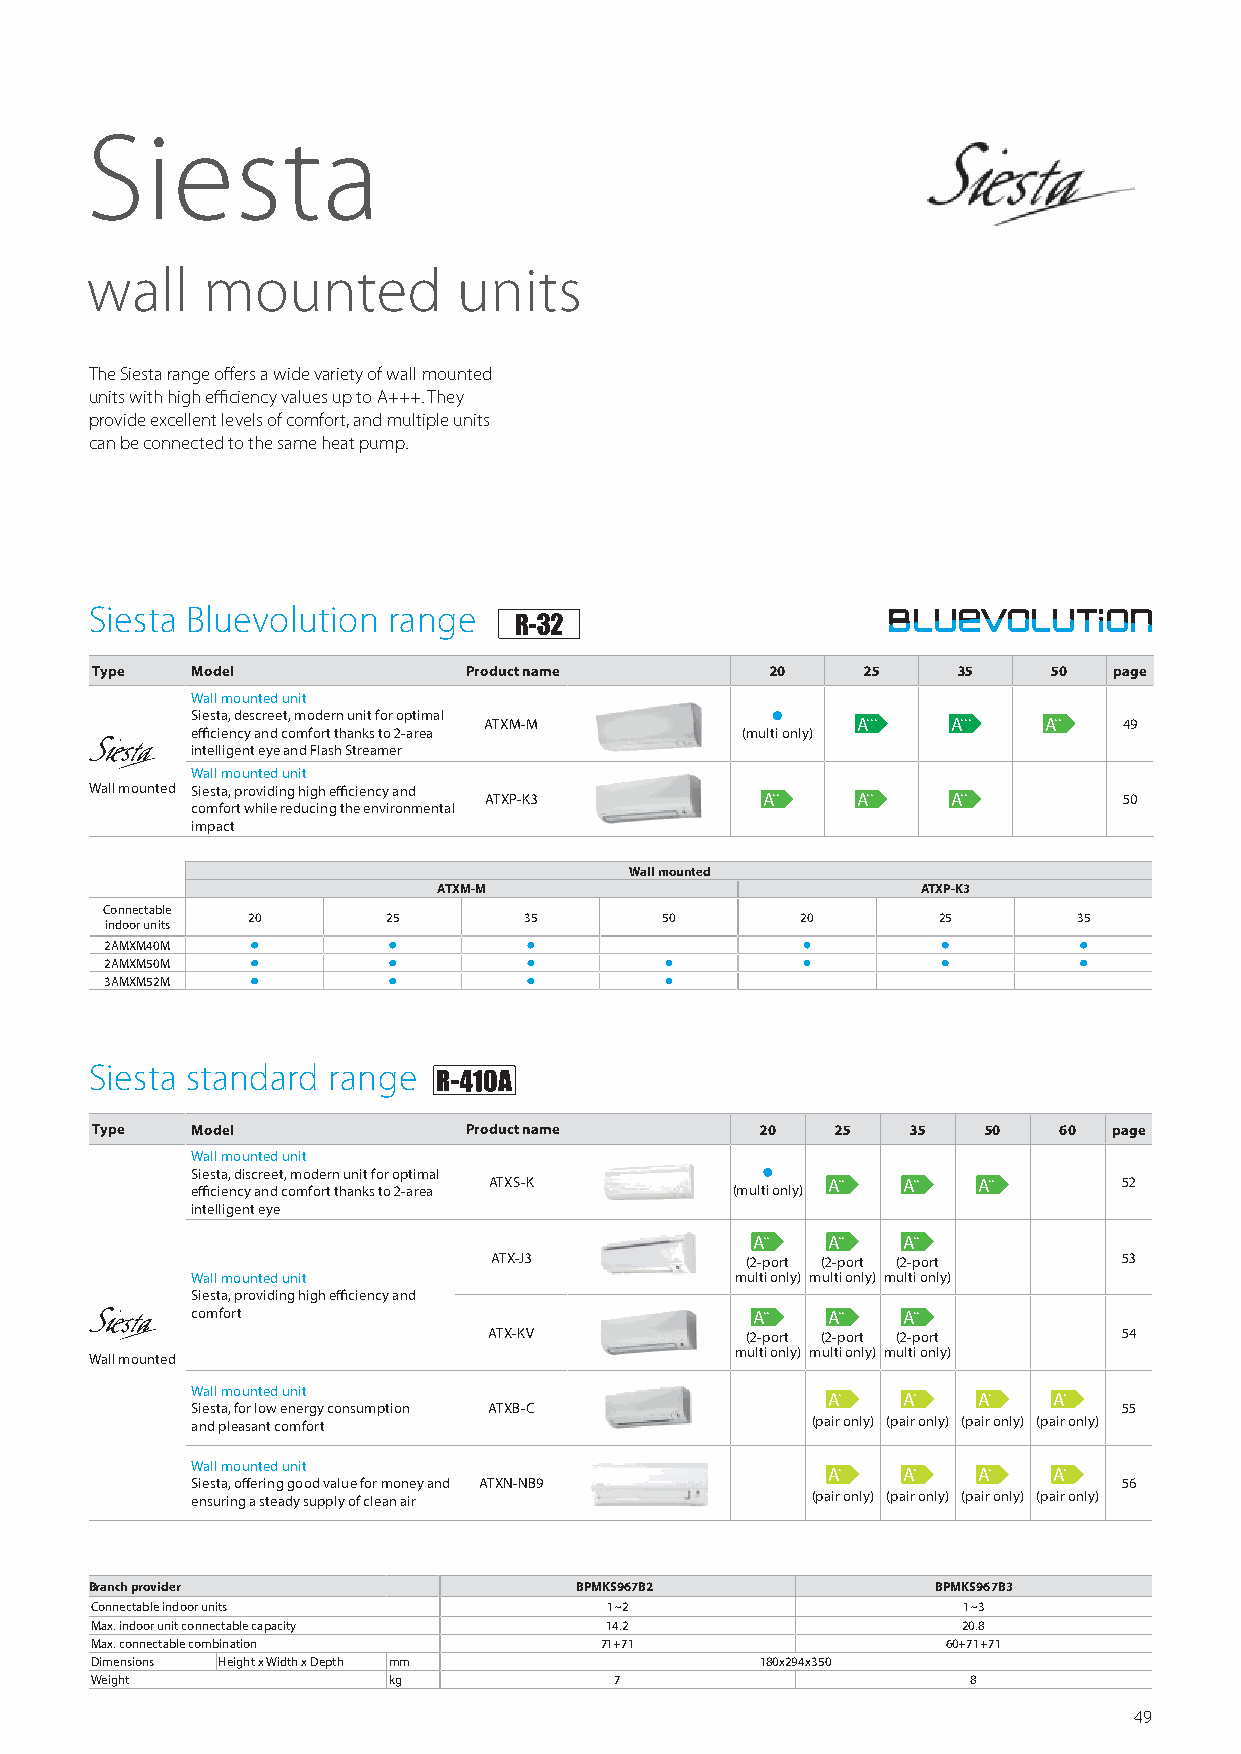
Siesta
 wall   mounted          units
 The Siesta range offers a wide variety of wall mounted
 units with high efficiency values up to A+++ . They
 provide excellent levels of comfort, and multiple units
 can be connected to the same heat pump .
 Siesta Bluevolution range
 Type   Model             Product name        20    25    35     50  page
 Wall mounted unit
 Siesta, descreet, modern unit for optimal
 ATXM-M                   A+++  A+++  A++  49
 efficiency and comfort thanks to 2-area (multi only)
 intelligent eye and Flash Streamer
 Wall mounted unit
 Wall mounted Siesta, providing high efficiency and
 ATXP-K3           A++    A++   A++        50
 comfort while reducing the environmental
 impact
 Wall mounted
 ATXM-M                          ATXP-K3
 Connectable
 20        25       35       50       20       25       35
 indoor units
 2AMXM40M  •        •        •                 •        •         •
 2AMXM50M  •        •        •        •        •        •         •
 3AMXM52M  •        •        •        •
 Siesta standard range
 Type   Model             Product name       20   25   35   50   60  page
 Wall mounted unit
 Siesta, discreet, modern unit for optimal
 ATXS-K                 A++  A++  A++      52
 efficiency and comfort thanks to 2-area (multi only)
 intelligent eye
 A++  A++  A++
 ATX-J3           (2-port (2-port (2-port  53
 Wall mounted unit                   multi only) multi only) multi only)
 Siesta, providing high efficiency and
 comfort                              A++  A++  A++
 ATX-KV           (2-port (2-port (2-port  54
 multi only) multi only) multi only)
 Wall mounted
 Wall mounted unit
 A+   A+   A+   A+
 Siesta, for low energy consumption ATXB-C                    55
 and pleasant comfort                     (pair only) (pair only) (pair only) (pair only)
 Wall mounted unit
 A+   A+   A+   A+
 Siesta, offering good value for money and ATXN-NB9           56
 ensuring a steady supply of clean air    (pair only) (pair only) (pair only) (pair only)
 Branch provider                 BPMKS967B2              BPMKS967B3
 Connectable indoor units          1~2                     1~3
 Max. indoor unit connectable capacity 14.2                20.8
 Max. connectable combination      71+71                  60+71+71
 Dimensions Height x Width x Depth mm        180x294x350
 Weight              kg             7                      8
 49